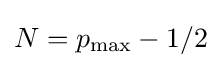
N=p_{\text{max}}-1/2